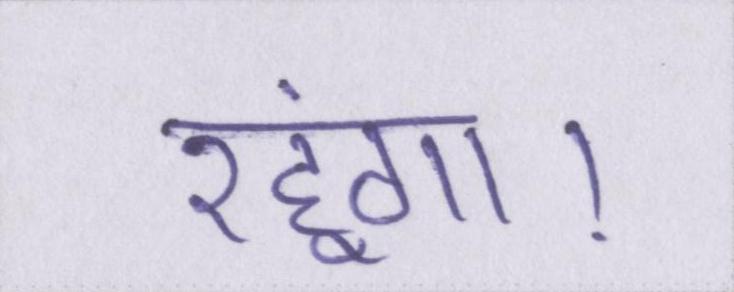
रहूंगा।